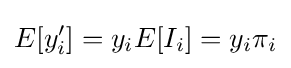
E[y'_{i}]=y_{i}E[I_{i}]=y_{i}\pi _{i}